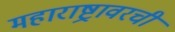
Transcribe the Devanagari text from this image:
महाराष्ट्रावरची